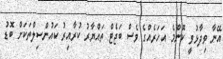
އޭނާ ވިދާޅުވީ ކޮންމެ އަހަރެއްގެ ވެސް ބަޖެޓް ތައްޔާރު ކުރާއިރު ކައުންސިލްތަކަށް ބޮޑު